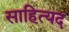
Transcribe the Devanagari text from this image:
साहित्यद